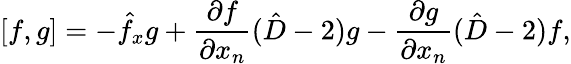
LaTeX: {}[f,g]=-\hat{f}_{x}g+\frac{\partial f}{\partial x_{n}}(\hat{D}-2)g-\frac{\partial g}{\partial x_{n}}(\hat{D}-2)f,